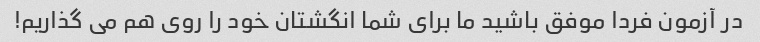
در آزمون فردا موفق باشید ما برای شما انگشتان خود را روی هم می گذاریم!